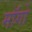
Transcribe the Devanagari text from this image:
माॅगो